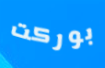
بوركت